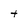
Character: t